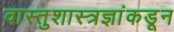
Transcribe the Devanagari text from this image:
वास्तुशास्त्रज्ञांकडून